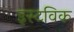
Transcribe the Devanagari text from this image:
इस्टविक